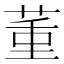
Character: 𦱦